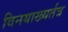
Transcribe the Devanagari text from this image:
विनयाख्यर्तत्र